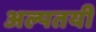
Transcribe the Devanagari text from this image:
अल्पतयी